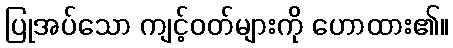
ပြုအပ်သော ကျင့်ဝတ်များကို ဟောထား၏။